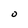
Character: O